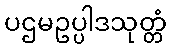
ပဌမဥပ္ပါဒသုတ္တံ